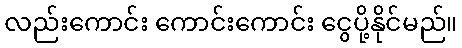
လည်းကောင်း ကောင်းကောင်း ငွေပို့နိုင်မည်။